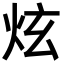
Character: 炫